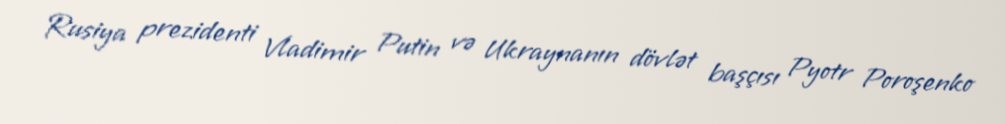
Rusiya prezidenti Vladimir Putin və Ukraynanın dövlət başçısı Pyotr Poroşenko